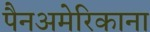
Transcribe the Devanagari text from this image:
पैनअमेरिकाना